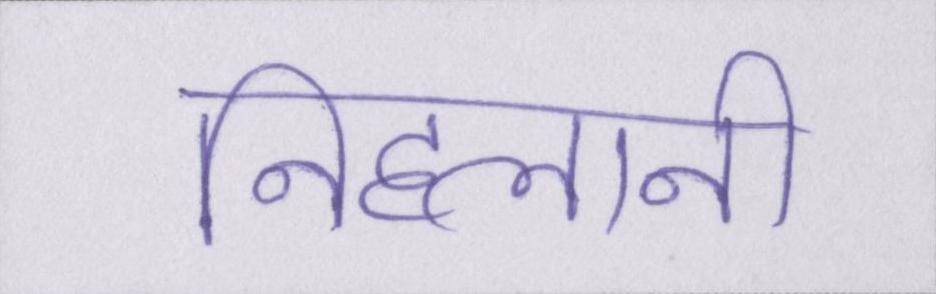
निहलानी